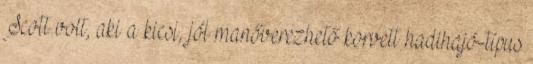
Scott volt, aki a kicsi, jól manőverezhető korvett hadihajó-típus